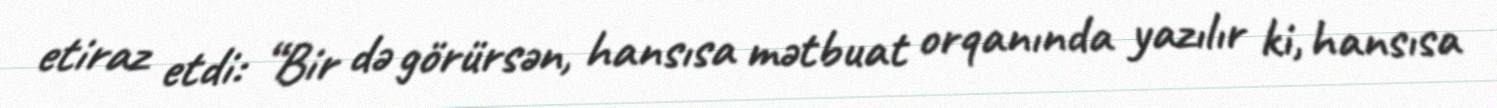
etiraz etdi: “Bir də görürsən, hansısa mətbuat orqanında yazılır ki, hansısa